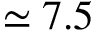
\simeq 7 . 5